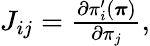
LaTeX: \begin{array}{r}{J_{ij}=\frac{\partial\pi_{i}^{\prime}({\boldsymbol\pi})}{\partial{\pi_{j}}},}\end{array}